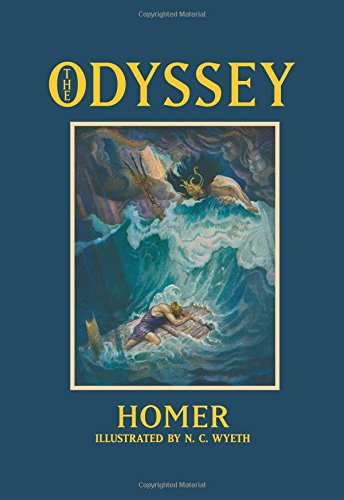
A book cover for The Odyssey (Calla Editions); Homer; Crafts, Hobbies & Home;